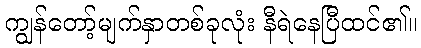
ကျွန်တော့်မျက်နှာတစ်ခုလုံး နီရဲနေပြီထင်၏။